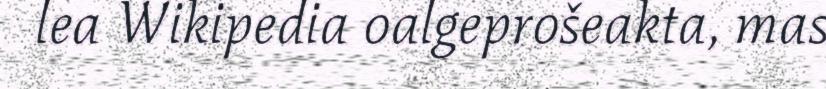
lea Wikipedia oalgeprošeakta, mas